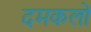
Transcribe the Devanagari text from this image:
दमकलों